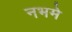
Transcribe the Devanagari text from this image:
नभमे